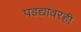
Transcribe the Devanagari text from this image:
पडद्यावरही